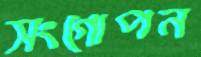
সংগোপন